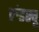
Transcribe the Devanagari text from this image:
रुंडस्चू